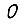
Digit: 0